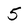
Character: 5